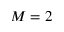
M = 2